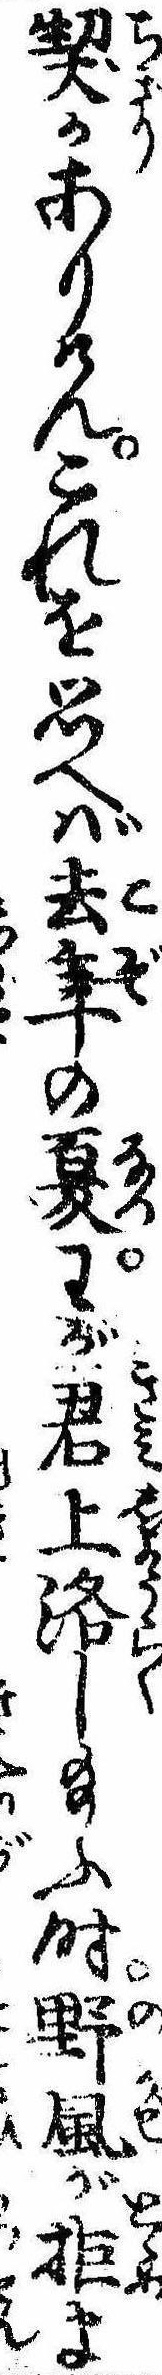
契かありけんこれを思へば去年の夏わが君上洛し給ふ時野風が拒ま